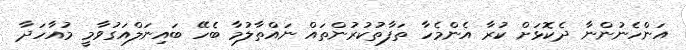
އަންހެނުންނާ ދެކޮޅަށް ކުރާ އެންމެހާ ތަފާތުކުރުންތައް ނައްތާލުމާ ބެހޭ ބައިނަލްއަގުވާމީ މުއާހަދާ